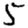
Digit: 5